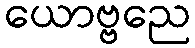
ယောဗ္ဗညေ